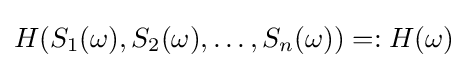
H(S_{1}(\omega ),S_{2}(\omega ),\dots ,S_{n}(\omega ))=:H(\omega )